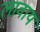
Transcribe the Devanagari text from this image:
लावाय